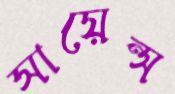
সায়েন্স